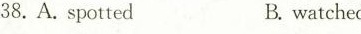
38. A. spottedB. watched